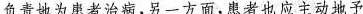
负责地为患者治病，另一方面，患者也应主动地予